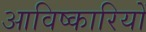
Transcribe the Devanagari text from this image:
आविष्कारियों